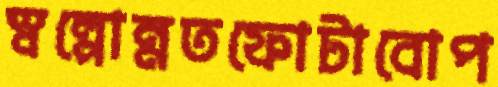
স্বল্পোন্নতফোটাবোপ